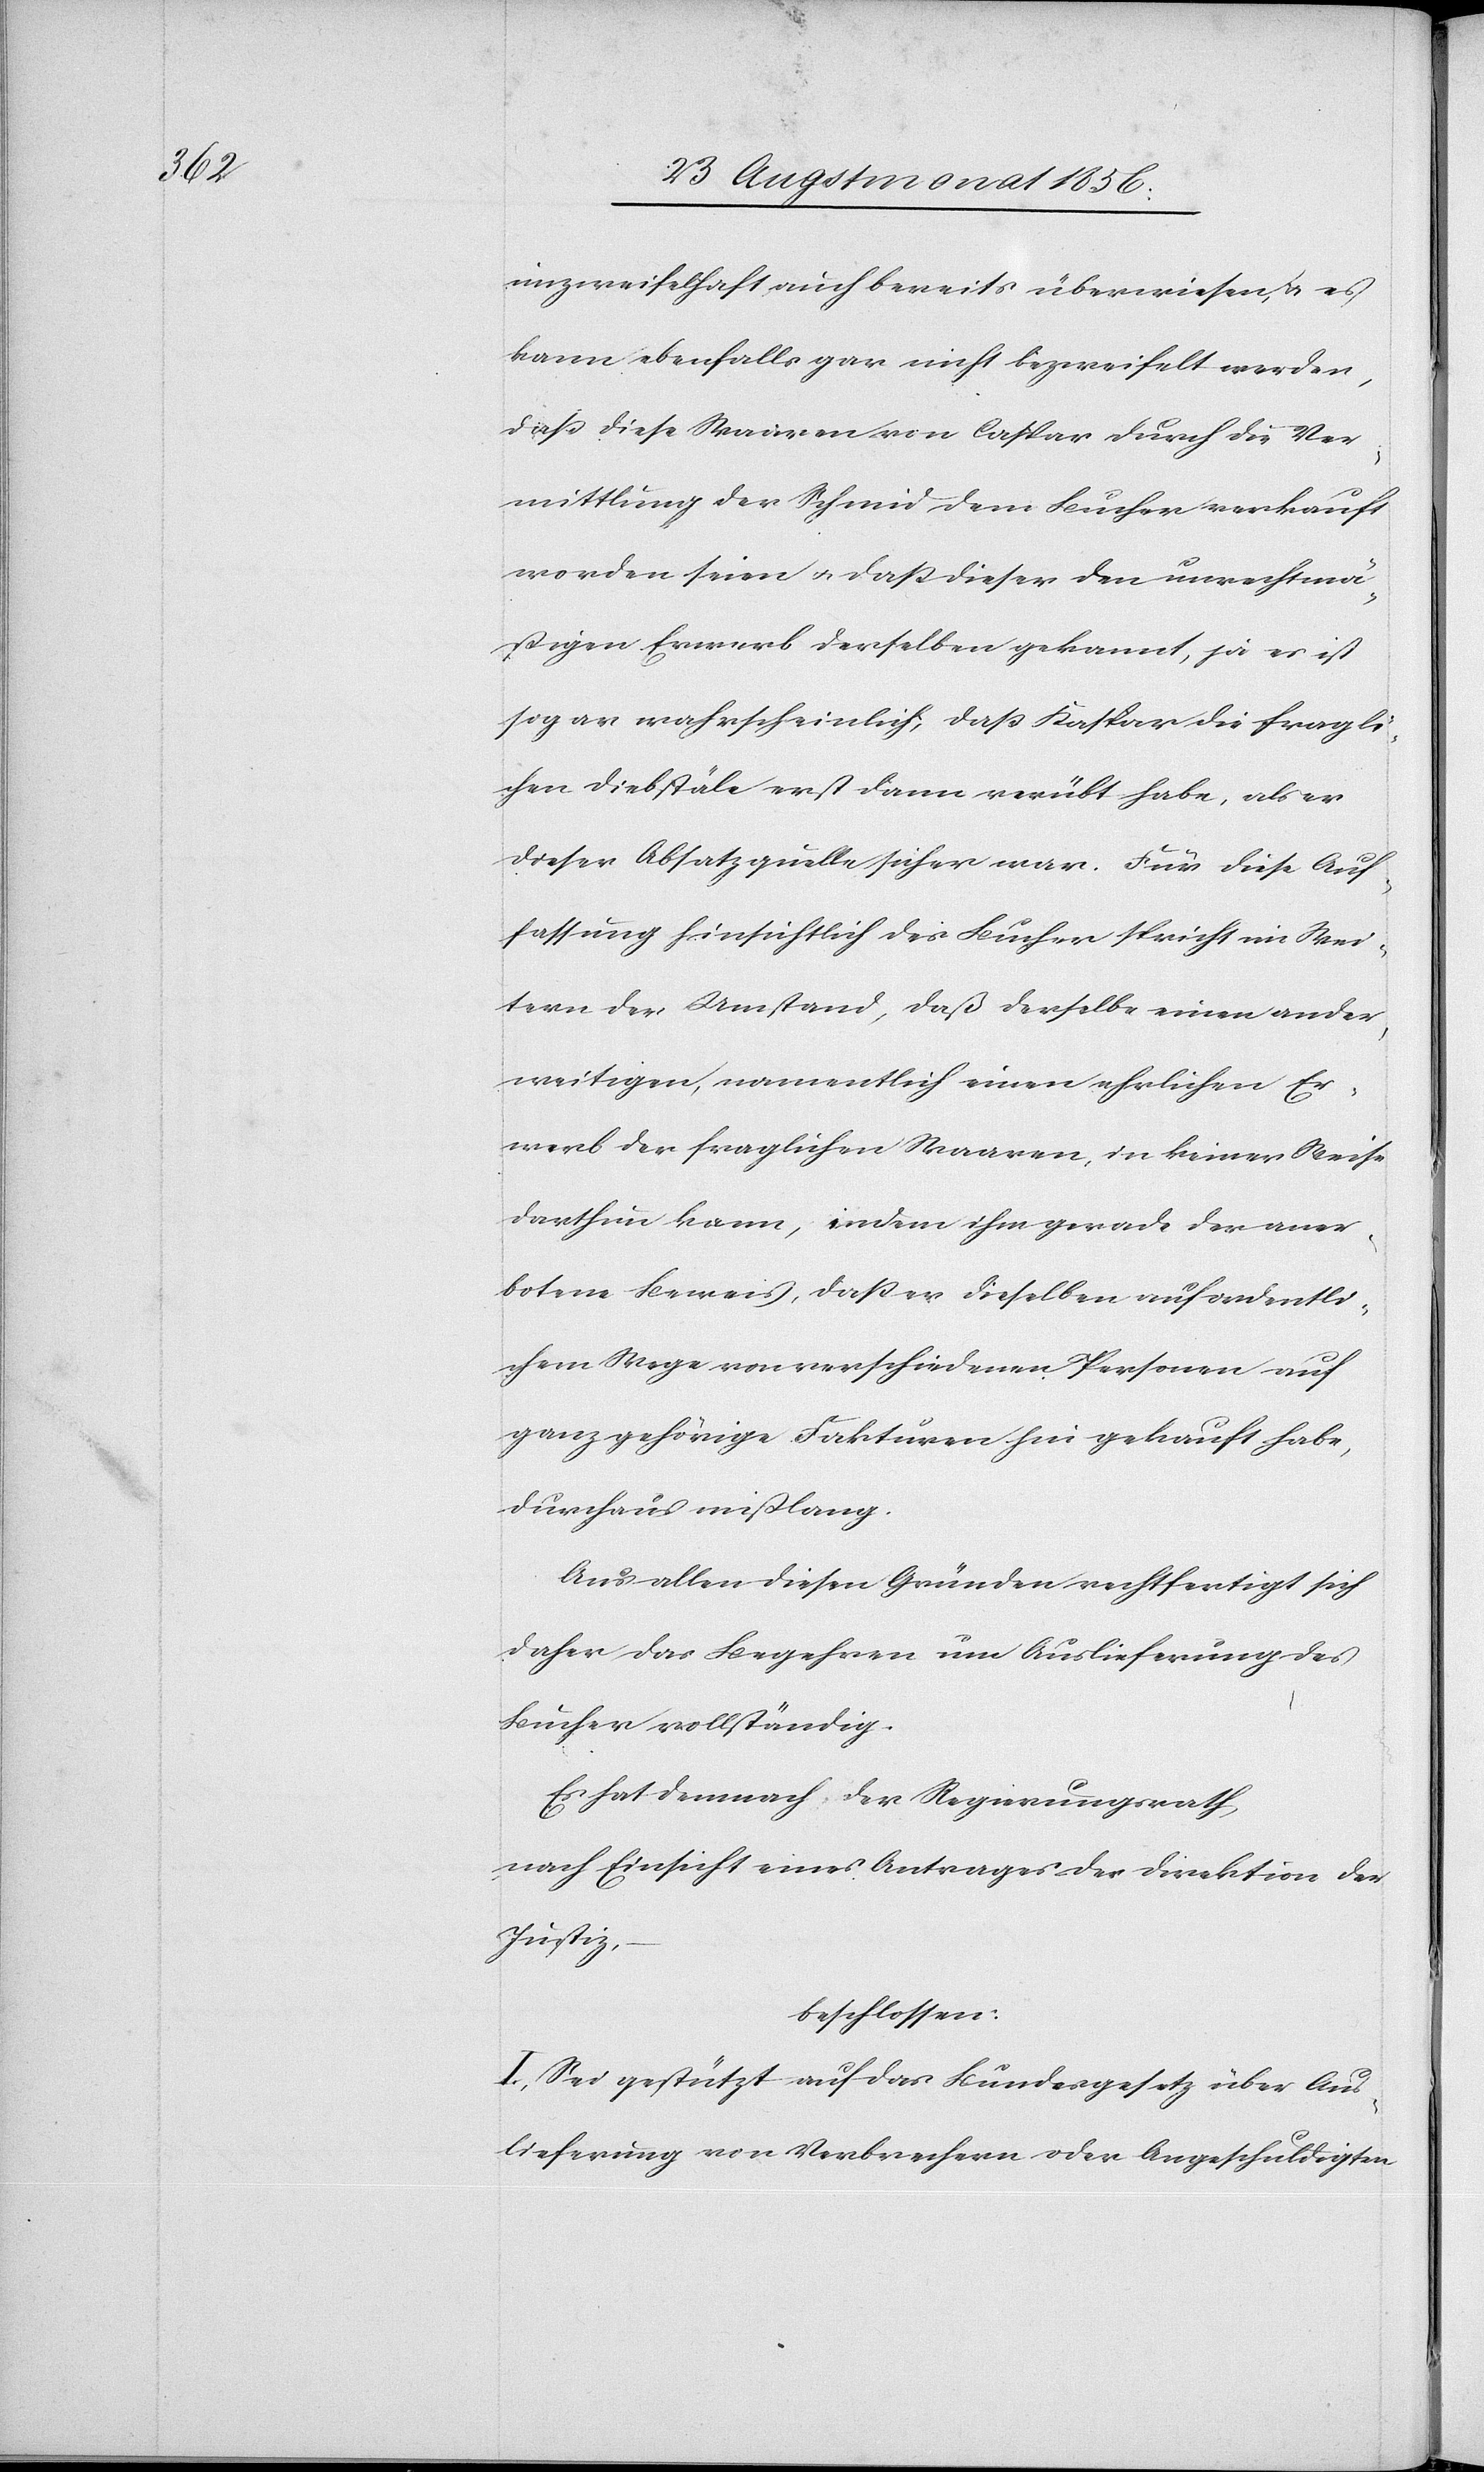
unzweifelhaft auch bereits überwiesen, u. es
kann ebenfalls gar nicht bezweifelt werden,
dass diese Waaren von Caspar durch die Ver¬
mittlung der Schmid dem Bucher verkauft
worden seien u. dass dieser den unrechtmä¬
ßigen Erwerb derselben gekannt, ja es ist
sogar wahrscheinlich, dass Kaspar die fragli¬
chen Diebstäle erst dann verübt habe, als er
dieser Absatzquelle sicher war. Für diese Auf¬
fassung hinsichtlich des Bucher spricht im Wei¬
tern der Umstand, daß derselbe einen ander¬
weitigen, namentlich einen ehrlichen Er¬
werb der fraglichen Waaren, in keiner Weise
darthun kann, indem ihm gerade der aner¬
botene Beweis, dass er dieselben auf ordentli¬
chem Wege von verschiedenen Personen auf
ganz gehörige Fakturen hin gekauft habe,
durchaus mißlang.
Aus allen diesen Gründen rechtfertigt sich
daher das Begehren um Auslieferung des
Bucher vollständig.
Es hat demnach der Regierungsrath,
nach Einsicht eines Antrages der Direktion der
Justiz,
beschlossen:
I.) Sei gestützt auf das Bundesgesetz über Aus¬
lieferung von Verbrechern oder Angeschuldigten